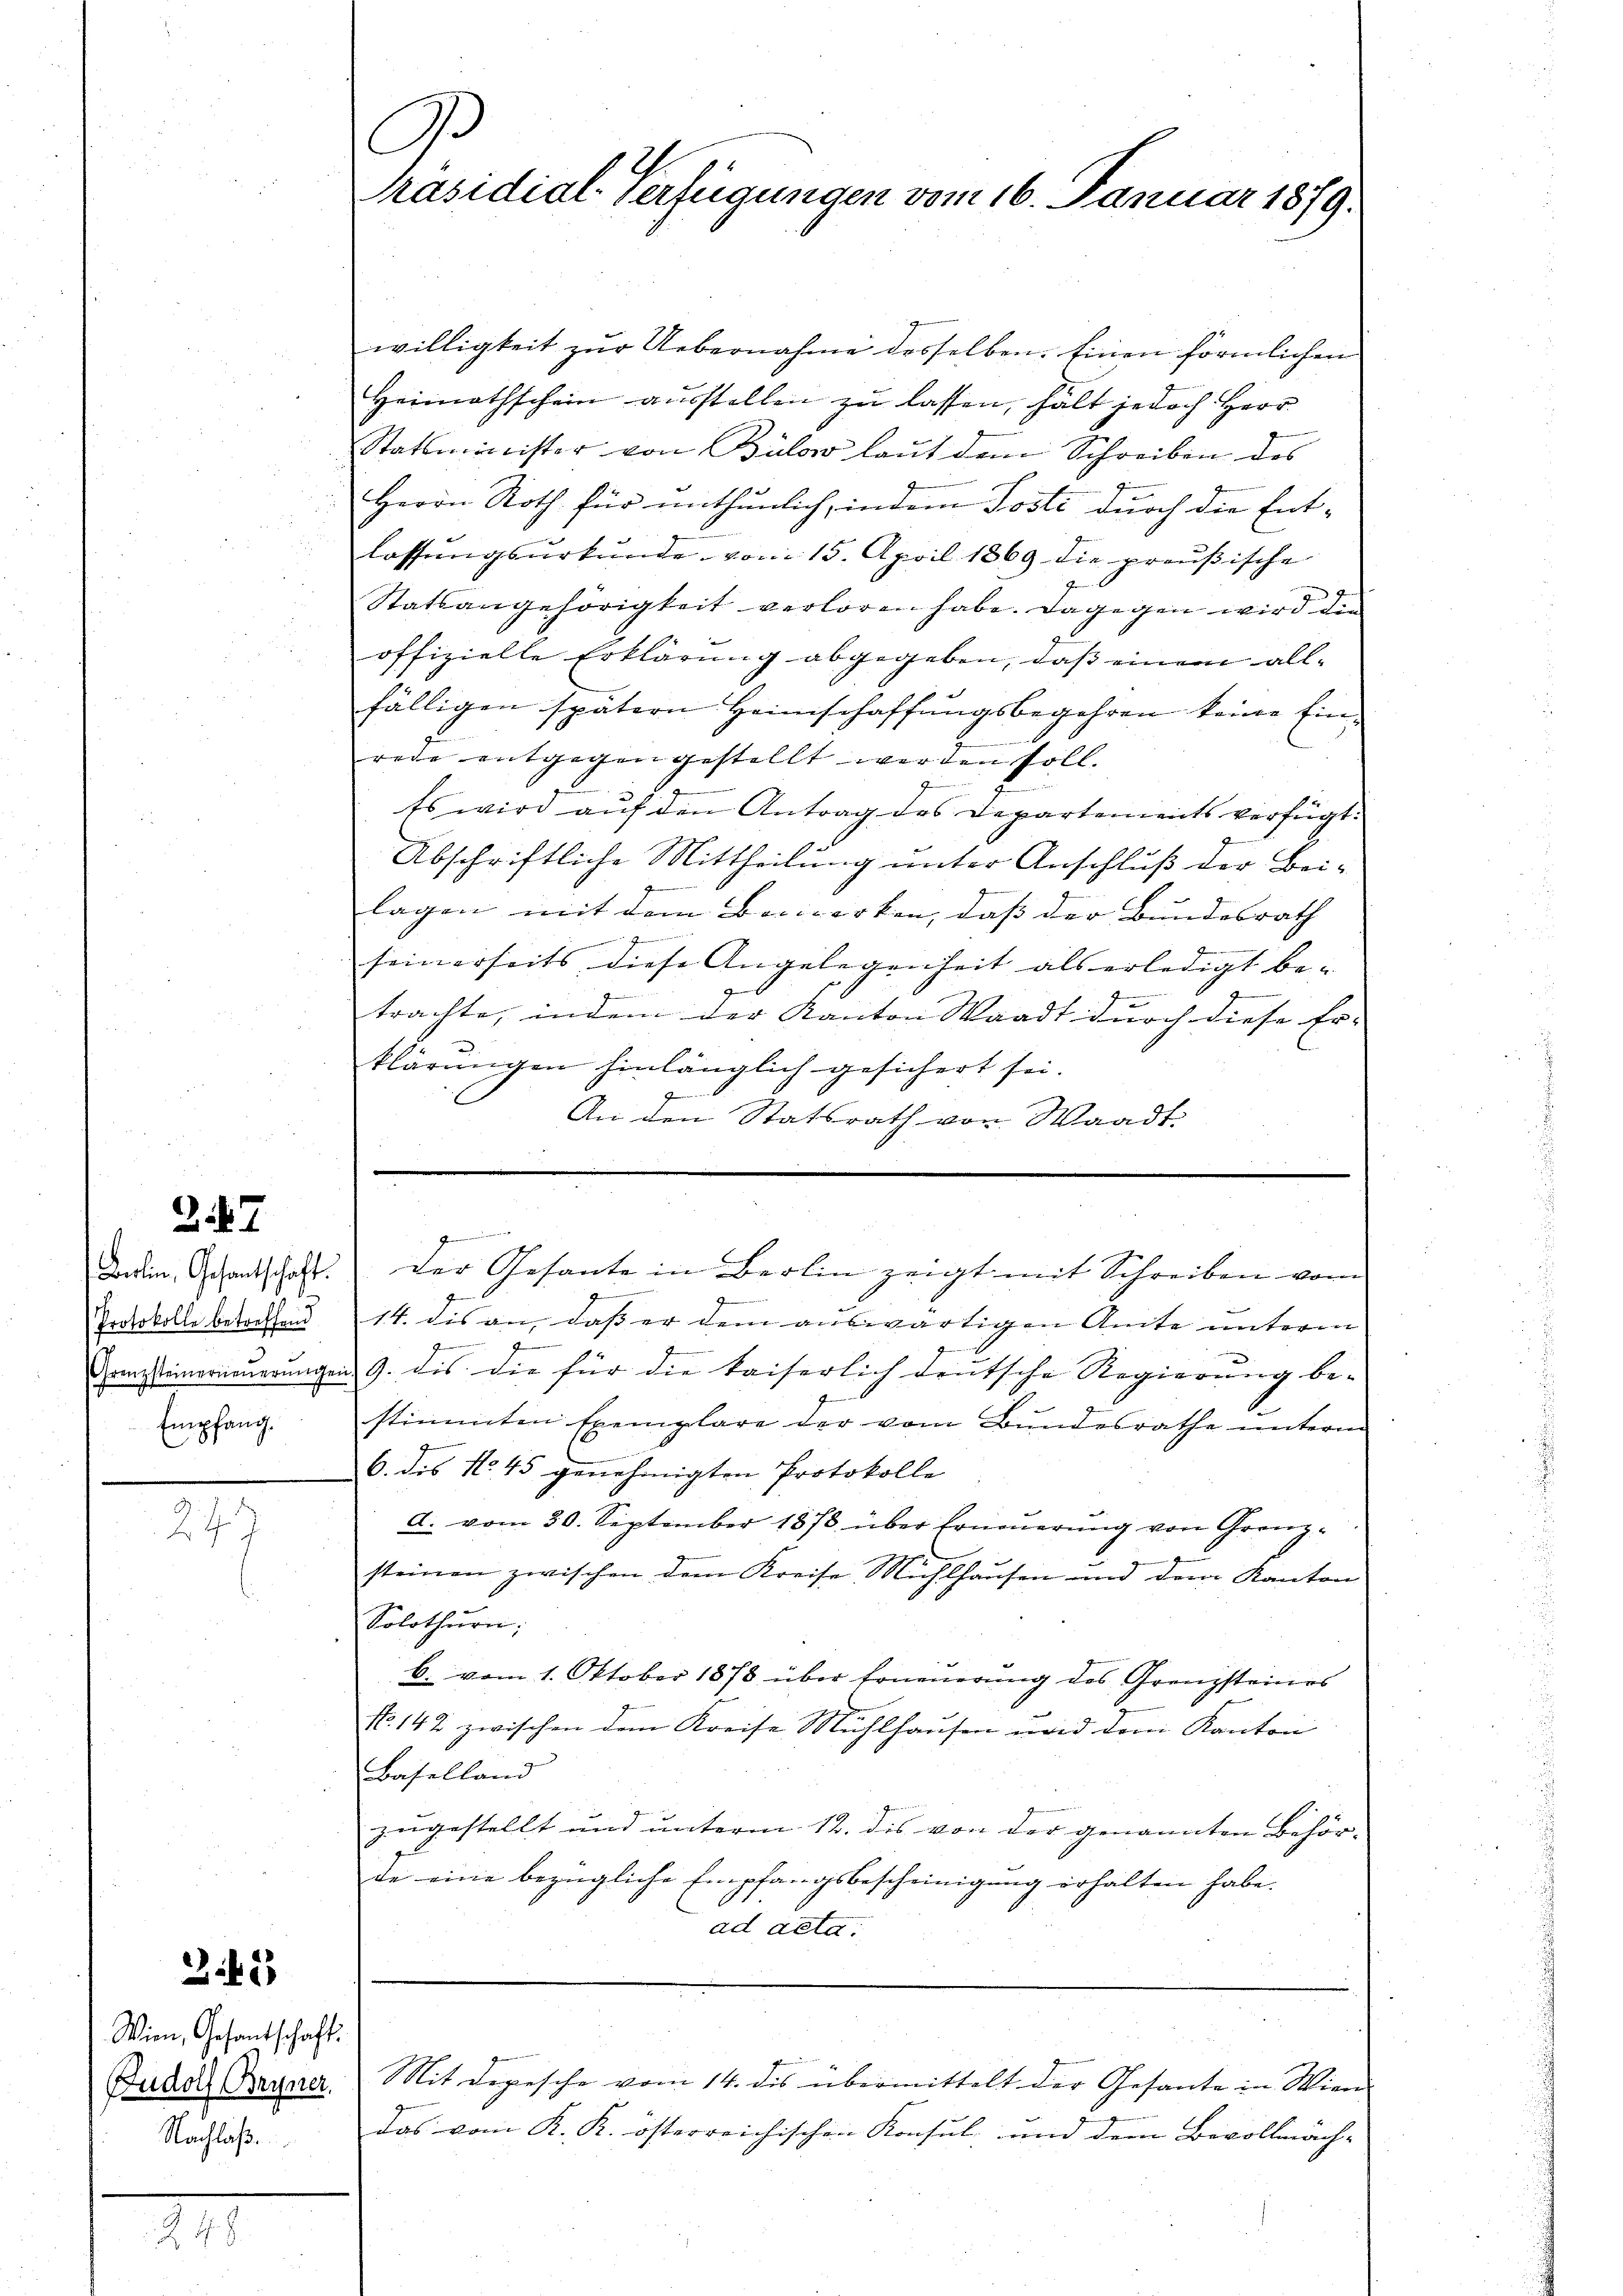
27

Protokolle betreffend
Empfang.

277

m

242

Wien, Gesantschaft
Rudolf Bryner
Nachlaß.

willigkeit zur Uebernahme desselben. Einen förmlichen
Heimathschein ausstellen zu lassen, hält jedoch Herr
Statsminister von Bülow laut dem Schreiben des
Herrn Noth für unthunlich, indem Poste durch die Entlassŭngsŭrkŭnde vom 15. April 1869 die preußische
d
Statsangehörigkeit verloren habe. Dagegen wird die
offizielle Erklärung abgegeben, daß einem allfälligen spätern Heimschaffungsbegehren keine Einrede entgegen gestellt werden soll.
Es wird auf den Antrag des Departements verfügt.
Abschriftliche Mittheilung unter Anschluß der Beilagen mit dem Bemerken, dass der Bundesrath
Ge
einanderen
seinerseits diese Angelegenheit als erledigt be-
1
trachte, indem der Kanton Waadt durch diese Er-
.
klärungen hinlänglich gesichert sei.
An den Statsrath von Waadt.

G.
Präsidial-Verfügungen vom 16. Januar 1879.

I
z
14. die an, dass er dem auswärtigen Amte unterm
Drinstimmerneuerungen 9. dis die für die kaiserlich deutsche Regierung be-
stimmten Exemplare der vom Bundesrathe unterm
6. des No 45 genehmigten Protokolle
d. vom 30. September 1873 über Erneŭerŭng von Grenz-
steinen zwischen dem Kreise Mühlhausen und dem Kanton
Solothurn,
b. vom 1. Oktober 1878 über Erneŭerŭng des Grenzsteines
No. 142 zwischen dem Kreise Mühlhausen und dem Kanton
Baselland
zugestellt und unterm 12. dis von der genannten Behör- |
de eine bezügliche Empfangsbescheinigung erhalten habe.
ad acta.
Mit Depesche vom 14. des übermittelt der Gesante in Wien
das vom K. K. österreichischen Konsul und dem Bevollmäch-

Dein Schantschaft. Der Gesante in Berlin zeigt mit Schreiben vom